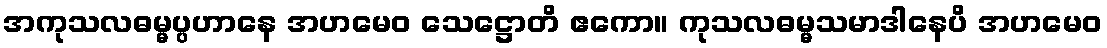
အကုသလဓမ္မပ္ပဟာနေ အဟမေဝ သေဋ္ဌောတိ ဧကော။ ကုသလဓမ္မသမာဒါနေပိ အဟမေဝ